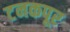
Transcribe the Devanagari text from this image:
टनकपूर